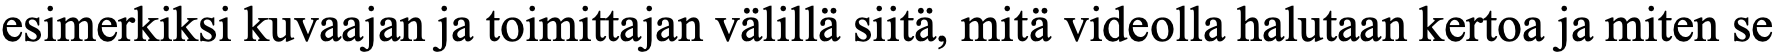
esimerkiksi kuvaajan ja toimittajan välillä siitä, mitä videolla halutaan kertoa ja miten se